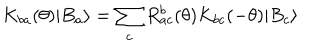
K _ { b a } ( \theta ) | B _ { a } \rangle = \sum _ { c } R _ { a c } ^ { b } ( \theta ) K _ { b c } ( - \theta ) | B _ { c } \rangle